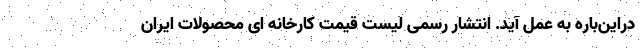
در‌این‌باره به عمل آید. انتشار رسمی لیست قیمت کارخانه ای محصولات ایران